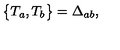
\bigl \{ T _ { a } , T _ { b } \bigr \} = \Delta _ { a b } ,